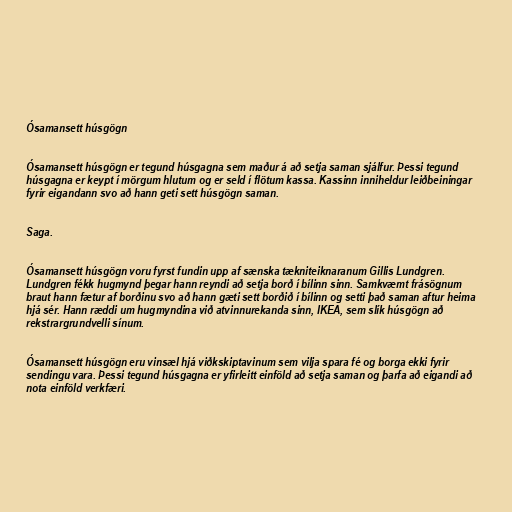
Ósamansett húsgögn

Ósamansett húsgögn er tegund húsgagna sem maður á að setja saman sjálfur. Þessi tegund
húsgagna er keypt í mörgum hlutum og er seld í flötum kassa. Kassinn inniheldur leiðbeiningar
fyrir eigandann svo að hann geti sett húsgögn saman.

Saga.

Ósamansett húsgögn voru fyrst fundin upp af sænska tækniteiknaranum Gillis Lundgren.
Lundgren fékk hugmynd þegar hann reyndi að setja borð í bílinn sinn. Samkvæmt frásögnum
braut hann fætur af borðinu svo að hann gæti sett borðið í bílinn og setti það saman aftur heima
hjá sér. Hann ræddi um hugmyndina við atvinnurekanda sinn, IKEA, sem slík húsgögn að
rekstrargrundvelli sínum.

Ósamansett húsgögn eru vinsæl hjá viðkskiptavinum sem vilja spara fé og borga ekki fyrir
sendingu vara. Þessi tegund húsgagna er yfirleitt einföld að setja saman og þarfa að eigandi að
nota einföld verkfæri.